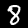
Label: 8